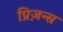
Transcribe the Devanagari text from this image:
प्रिज़न्स